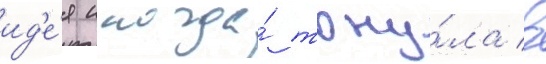
ид'е́я иногда́ тону́ла в